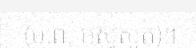
(ម.ព. អស្វសូត)។